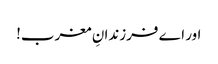
اور اے فرزندانِ مغرب!